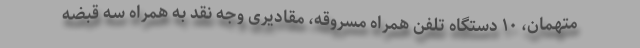
متهمان، ۱۰ دستگاه تلفن همراه مسروقه، مقادیری وجه نقد به همراه سه قبضه